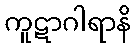
ကူဋာဂါရာနိ